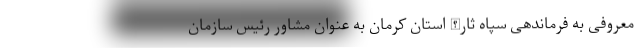
معروفی به فرماندهی سپاه ثارالله استان کرمان به عنوان مشاور رئیس سازمان